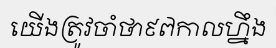
យើងត្រូវចាំថា៩៧កាលហ្នឹង